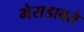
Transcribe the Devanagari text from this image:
भेसडावते